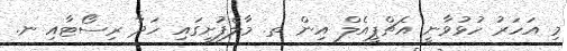
މި އަހަރު ހުޅުވާނީ އެޗްޕީއެލް އިން ތ. މާލެފުށީގައި ހަދާ ރިސޯޓާއި ނ.